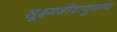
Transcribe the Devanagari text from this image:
सूक्ष्मजीवाणुजन्य